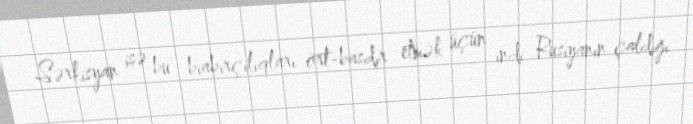
Sərkisyan isə bu biabırçılıqları ört-basdır etmək üçün indi Rusiyanın çaldığı